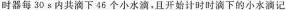
时器每30s内共滴下46个小水滴，且开始计时时滴下的小水滴记